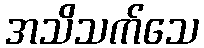
အသိသက်သေ